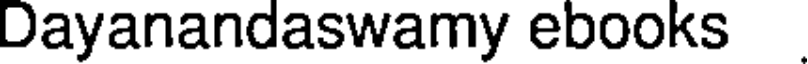
Dayanandaswamy ebooks